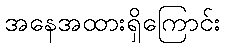
အနေအထားရှိကြောင်း